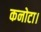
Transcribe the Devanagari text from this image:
कनोटा।